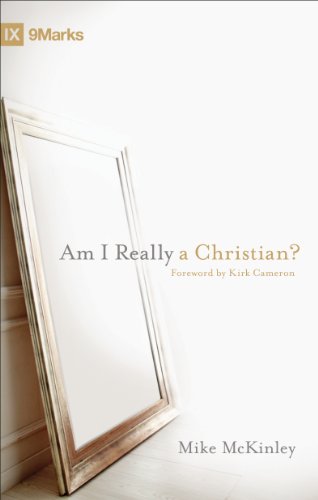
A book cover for Am I Really a Christian? (9Marks); Mike McKinley; Christian Books & Bibles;